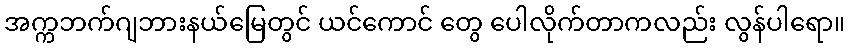
အက္ကဘက်ဂျဘားနယ်မြေတွင် ယင်ကောင် တွေ ပေါလိုက်တာကလည်း လွန်ပါရော။